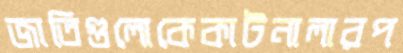
জাতিগুলোকেকাটনালারপ